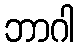
ဘာဂါ